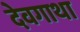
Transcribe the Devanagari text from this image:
देवगाथा